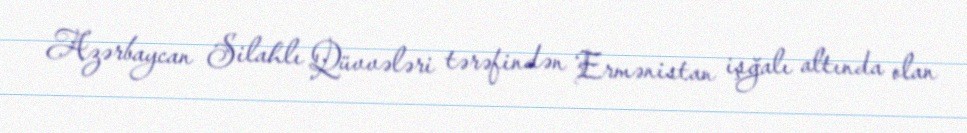
Azərbaycan Silahlı Qüvvələri tərəfindən Ermənistan işğalı altında olan